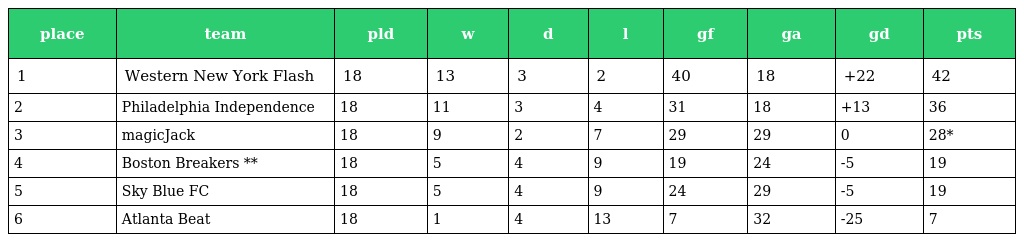
| place | team | pld | w | d | l | gf | ga | gd | pts |
 | --- | --- | --- | --- | --- | --- | --- | --- | --- | --- |
 | 1 | Western New York Flash | 18 | 13 | 3 | 2 | 40 | 18 | +22 | 42 |
 | 2 | Philadelphia Independence | 18 | 11 | 3 | 4 | 31 | 18 | +13 | 36 |
 | 3 | magicJack | 18 | 9 | 2 | 7 | 29 | 29 | 0 | 28* |
 | 4 | Boston Breakers ** | 18 | 5 | 4 | 9 | 19 | 24 | -5 | 19 |
 | 5 | Sky Blue FC | 18 | 5 | 4 | 9 | 24 | 29 | -5 | 19 |
 | 6 | Atlanta Beat | 18 | 1 | 4 | 13 | 7 | 32 | -25 | 7 |